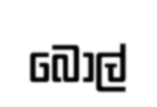
බොල්